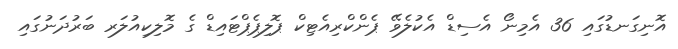
އޮނިގަނޑުގައި 36 އެމިނޯ އެސިޑް އެކުލެވޭ ޕެންކްރިއެޓިކް ޕޮލިޕެޕްޓައިޑް ގެ މޮލިކިއުލަރ ބަރުދަނުގައި